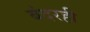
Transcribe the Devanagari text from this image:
बंदरही